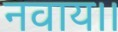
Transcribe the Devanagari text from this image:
नवाय।।